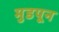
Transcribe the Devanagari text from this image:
मुडपून